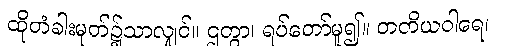
ထိုတံခါးမုတ်၌သာလျှင်။ ဌတွာ၊ ရပ်တော်မူ၍။ တတိယဝါရေ၊